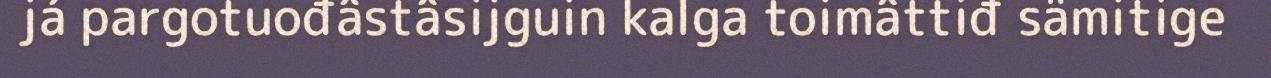
já pargotuođâstâsijguin kalga toimâttiđ sämitige